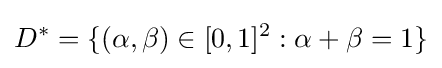
D^{*}=\{(\alpha ,\beta )\in [0,1]^{2}:\alpha +\beta =1\}